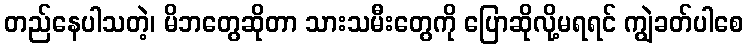
တည်နေပါသတဲ့၊ မိဘတွေဆိုတာ သားသမီးတွေကို ပြောဆိုလို့မရရင် ကျွဲခတ်ပါစေ